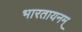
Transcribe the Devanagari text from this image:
भारतायनम्